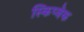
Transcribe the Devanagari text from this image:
स्किप्जेक